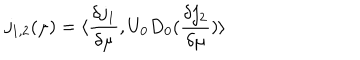
j _ { 1 , 2 } ( \mu ) = \langle \frac { \delta j _ { 1 } } { \delta \mu } , U _ { 0 } D _ { 0 } ( \frac { \delta j _ { 2 } } { \delta \mu } ) \rangle